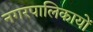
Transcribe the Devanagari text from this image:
नगरपालिकायों